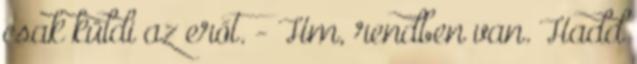
csak küldi az erőt. - Hm, rendben van. Hadd